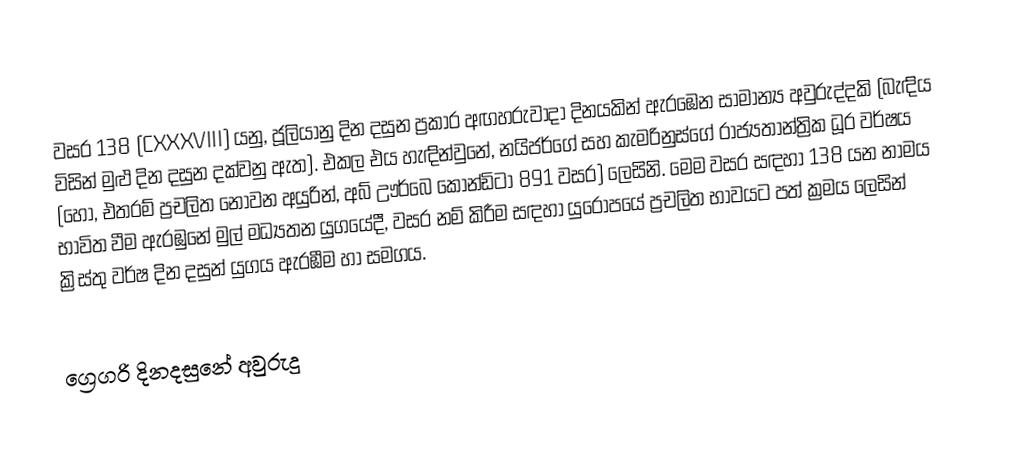

වසර 138 (CXXXVIII) යනු,  ජූලියානු දින දසුන ප්‍රකාර   අඟහරුවාදා දිනයකින් ඇරඹෙන සාමාන්‍ය අවුරුද්දකි  (බැඳිය විසින් මුළු දින දසුන දක්වනු ඇත). එකල එය හැඳින්වුනේ, නයිජර්ගේ සහ කැමරිනුස්ගේ රාජ්‍යතාන්ත්‍රික  ධූර වර්ෂය (හෝ, එතරම් ප්‍රචලිත නොවන අයුරින්,  අබ් ඌර්බෙ කෝන්ඩිටා  891 වසර) ලෙසිනි.  මෙම වසර සඳහා 138 යන නාමය භාවිත වීම ඇරඹුනේ මුල් මධ්‍යතන යුගයේදී, වසර නම් කිරීම සඳහා යුරෝපයේ ප්‍රචලිත භාවයට පත් ක්‍රමය ලෙසින් ක්‍රිස්තු වර්ෂ දින දසුන් යුගය ඇරඹීම හා සමගය.

ග්‍රෙගරි දිනදසුනේ අවුරුදු